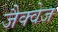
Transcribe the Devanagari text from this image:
जैक्वेज